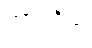
ကာရဝိယံ